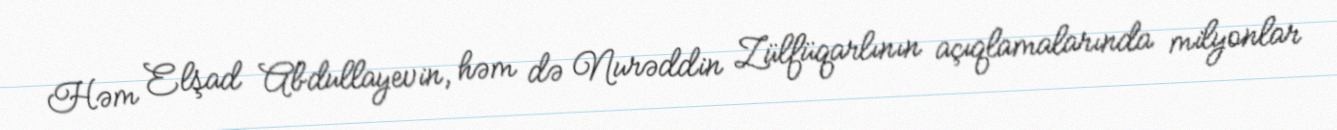
Həm Elşad Abdullayevin, həm də Nurəddin Zülfüqarlının açıqlamalarında milyonlar